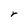
Character: r